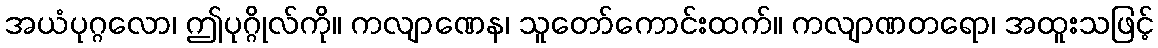
အယံပုဂ္ဂလော၊ ဤပုဂ္ဂိုလ်ကို။ ကလျာဏေန၊ သူတော်ကောင်းထက်။ ကလျာဏတရော၊ အထူးသဖြင့်